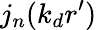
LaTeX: j_{n}(k_{d}r^{\prime})